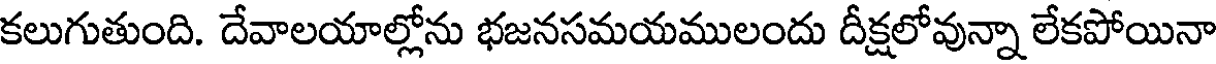
కలుగుతుంది. దేవాలయాల్లోను భజనసమయములందు దీక్షలోవున్నా లేకపోయినా